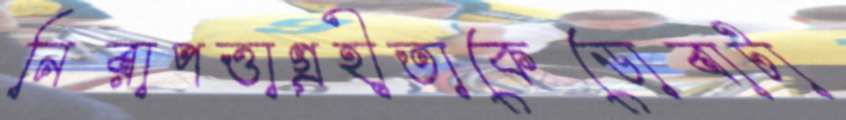
নিরাপত্তাগ্রহীতাকেডোবাটা